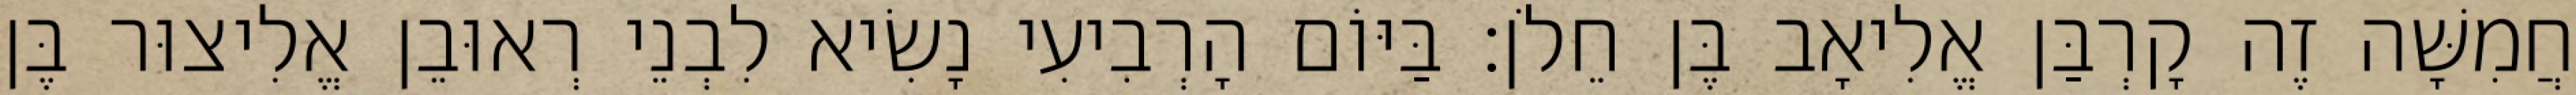
חֲמִשָּׁה זֶה קָרְבַּן אֱלִיאָב בֶּן חֵלֹן׃ בַּיּוֹם הָרְבִיעִי נָשִׂיא לִבְנֵי רְאוּבֵן אֱלִיצוּר בֶּן